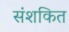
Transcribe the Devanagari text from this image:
संशकित